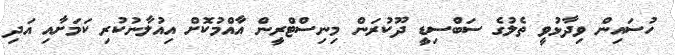
ހުސައިން ވިދާޅުވީ ތެލުގެ ސަބްސިޑީ ދޫކުރަން މިނިސްޓްރީން އާއްމުކޮށް އިއުލާނުކުރި ކަމަށާއި އަދި